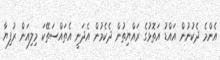
އެންމެ ދެކުނުން އައްޑު އަތޮޅުގެ ރައްޔިތުން ދެކެމުން އެދަނީ އެތައްސަތޭކަ މިލިއަން ރުފިޔާ